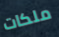
ملكات